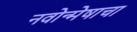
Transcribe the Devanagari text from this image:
नवोन्मेषाचा